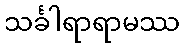
သင်္ခါရာရာမဿ